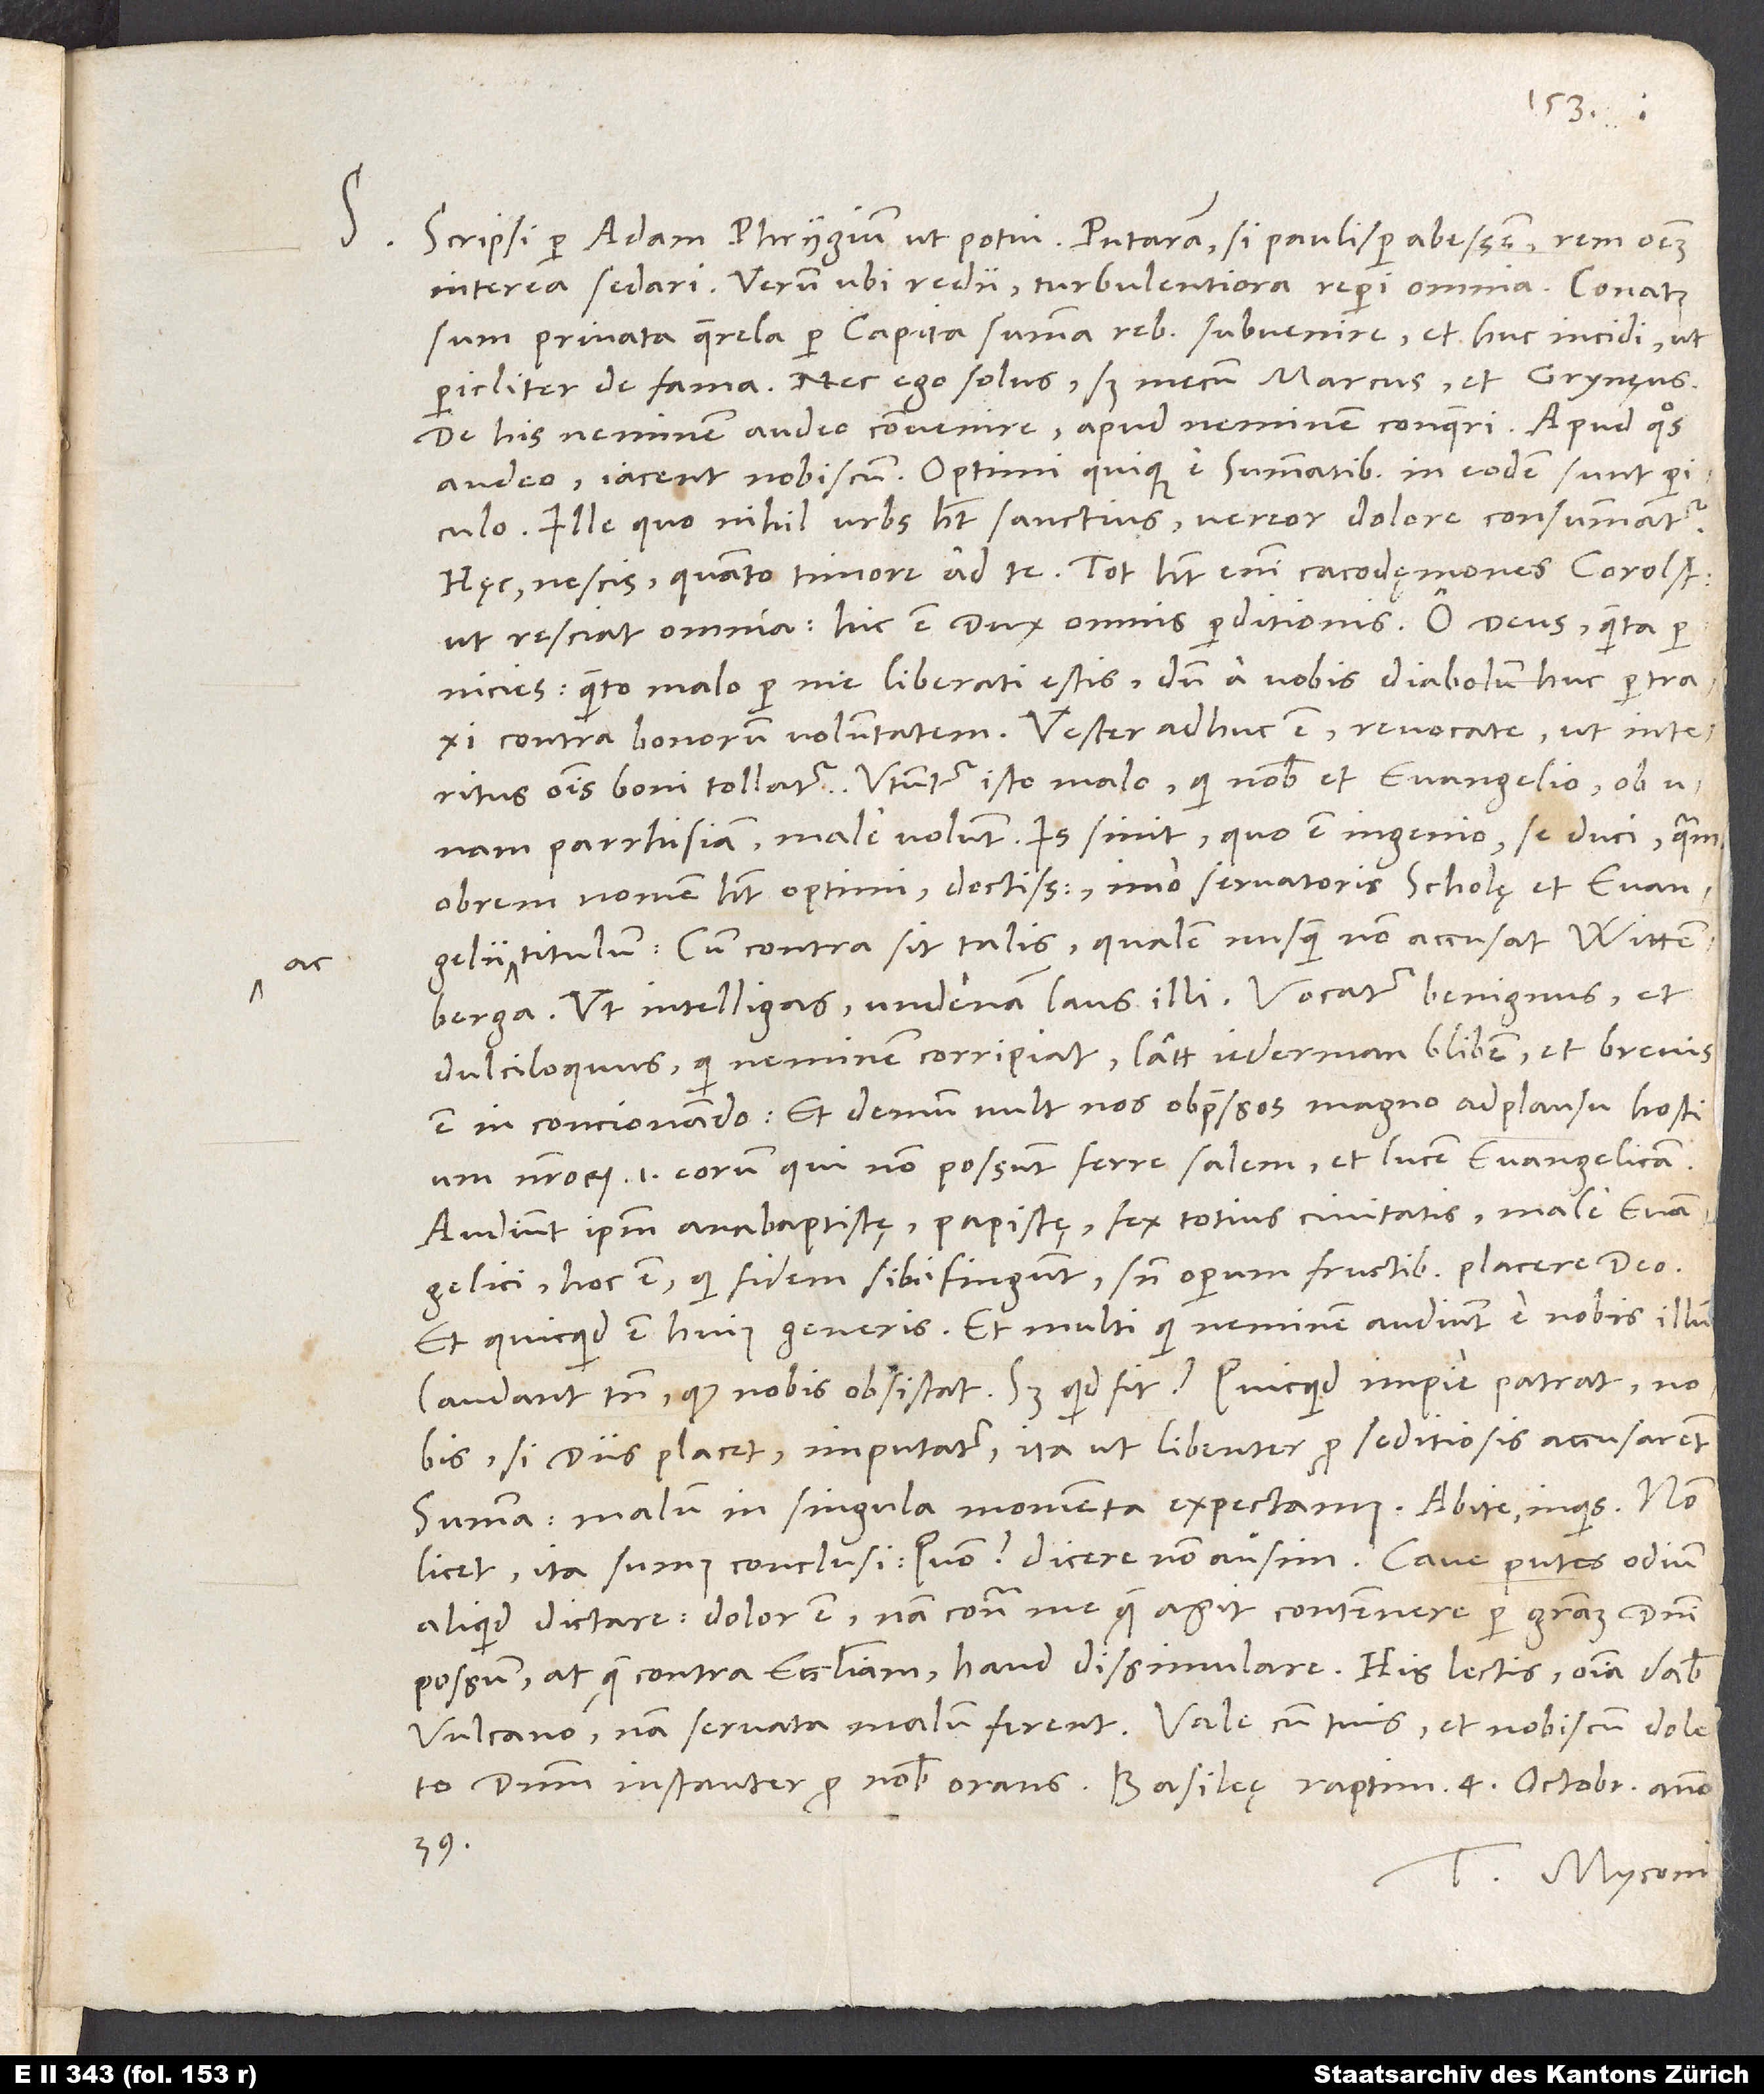
ac

Scripsi per Adam Phrygium, ut potui. Putaram, si paulisper abessem, rem omnem
interea sedari, verum ubi redii, turbulentiora reperi omnia. Conatus
sum privata querela per capita summa rebus subvenire et huc incidi, ut
pericliter de fama, nec ego solus, sed mecum Marcus et Grynęus.
De his neminem audeo convenire, apud neminem conqueri; apud quos
audeo, iacent nobiscum. Optimi quique e summatibus in eodem sunt periculo.
Ille, quo nihil urbs habet sanctius, vereor, dolore consummatur.
Hęc, nescis quanto timore, ad te; tot habet enim cacodęmones Carolstadius,
ut resciat omnia. Hic est dux omnis perditionis. O deus, quanta
pernicies; quanto malo per me liberati estis, dum a vobis diabolum huc pertraxi
contra bonorum voluntatem. Vester adhuc est; revocate, ut interitus
omnis boni tollatur. Utuntur isto malo, qui nobis et evangelio ob
unam parrhisiam male volunt. Is sinit, quo est ingenio, se duci, quamobrem
nomen habet optimi, doctissimi, imo servatoris scholę et evangelii
titulum, cum contra sit talis, qualem nusquam non accusat Wittenberga.
Ut intelligas, undenam laus illi: Vocatur benignus et
dulciloquus, qui neminem corripiat, latt jederman bliben et brevis
est in concionando et demum vult nos obpressos magno adplausu hostium
nostrorum, id est eorum, qui non possunt ferre salem et lucem evangelicam.
Audiunt ipsum anabaptistę, papistę, fex totius civitatis, male evangelici,
hoc est, qui fidem sibi fingunt sine operum fructibus placere deo,
et quicquid est huius generis. Et multi, qui neminem audiunt e nobis, illum
laudant tamen, quod nobis obsistat. Sed quid fit? Quicquid impie patrat, nobis,
si diis placet, imputatur, ita ut libenter pro seditiosis accusarent.
Summa: Malum in singula momenta expectamus. „Abite“, inquis.
licet; ita sumus conclusi. „Quo?“ Dicere non ausim. „Cave“, putes, „odium
aliquid dictare.“ Dolor est; nam contra me quae agit, continere per gratiam domini
Vulcano; nam servata malum ferent. Vale cum tuis et nobiscum doleto
39.
Tuus Myconius.